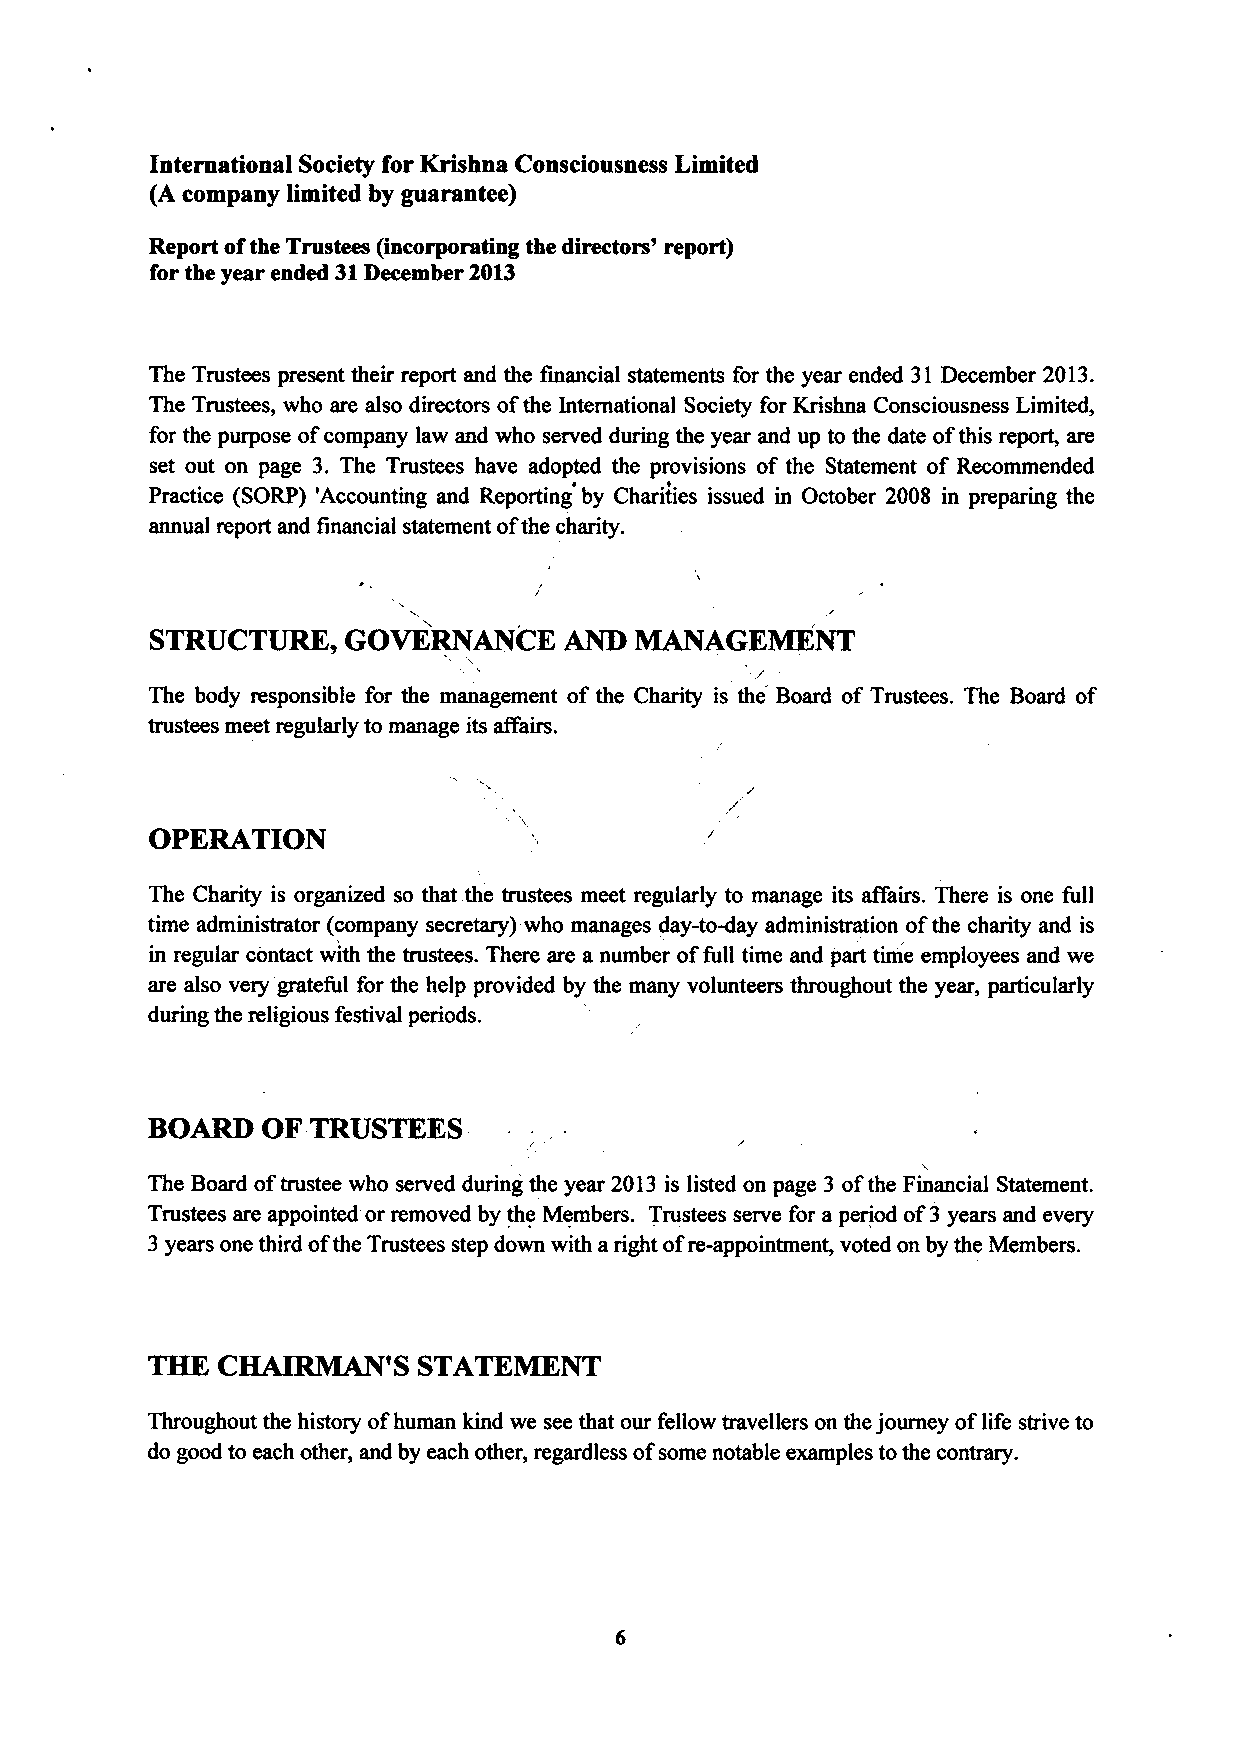
International Society for Krishna Consciousness Limited
 (A company limited by guarantee)
 Report ofthe Trustees (incorporating the directors' report)
 for the year ended 31December 2013
 The Trustees present their report and the financial statements for the year ended 31 December 2013.
 The Trustees, who are also directors ofthe International Society for Krishna Consciousness Limited,
 for the purpose ofcompany law and who served during the year and up to the date ofthis report, are
 set out on page 3. The Trustees have adopted the provisions of the Statement of Recommended
 Practice (SORP) 'Accounting and Reporting by Charities issued in October 2008 in preparing the
 annual report and financial statement ofthe charity.
 STRUCTURE,   GOVERNANCE    AND  MANAGEMENT
 The body responsible for the management of the Charity is the Board of Trustees. The Board of
 trustees meet regularly to manage its affairs.
 OPERATION
 The Charity is organized so that the trustees meet regularly to manage its affairs. There is one full
 time administrator (company secretary) who manages day-to-day administration ofthe charity and is
 in regular contact with the trustees. There are a number offull time and part time employees and we
 are also very'grateful for the help provided by the many volunteers throughout the year, particularly
 during the religious festival periods.
 BOARD  OF  TRUSTEES
 The Board oftrustee who served during the year 2013 is listed on page 3 ofthe Financial Statement.
 Trustees are appointed or removed by the Members. Trustees serve for a period of3 years and every
 3years one third ofthe Trustees step down with aright ofre-appointment, voted on by the Members.
 THE CHAIRMAN'S    STATKMEWI
 Throughout the history ofhuman kind we see that our fellow travellers on the journey oflife strive to
 do good to each other, and by each other, regardless ofsome notable examples to the contrary.